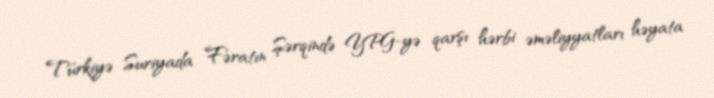
Türkiyə Suriyada Fəratın Şərqində YPG-yə qarşı hərbi əməliyyatları həyata